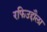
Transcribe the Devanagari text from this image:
रफिउद्दौला